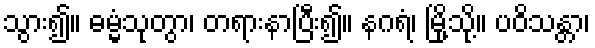
သွား၍။ ဓမ္မံသုတွာ၊ တရားနာပြီး၍။ နဂရံ၊ မြို့သို့။ ပဝိသန္တာ၊